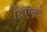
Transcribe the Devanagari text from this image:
ग्रिएको